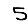
Digit: 5